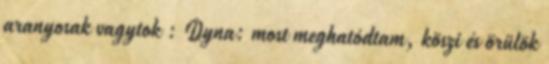
aranyosak vagytok : Dyna: most meghatódtam, köszi és örülök